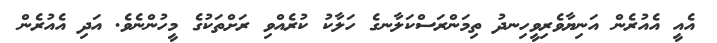
އެއީ އެއުރެން އަނިޔާވެރިވީހިނދު ތިމަންރަސްކަލާނގެ ހަލާކު ކުރެއްވި ރަށްތަކުގެ މީހުންނެވެ. އަދި އެއުރެން